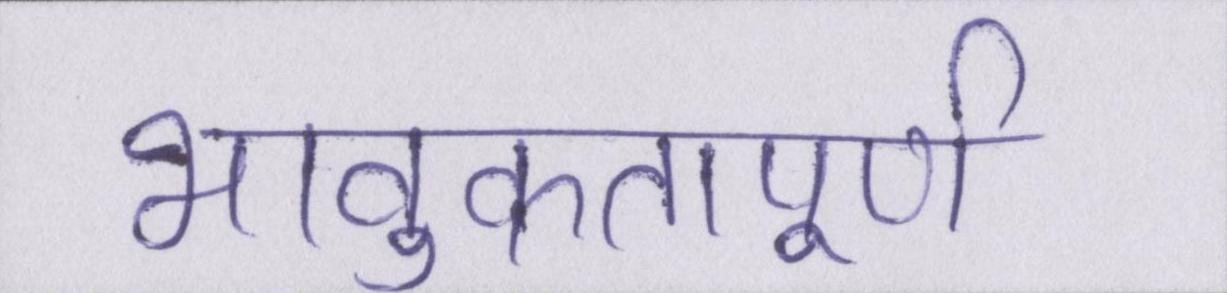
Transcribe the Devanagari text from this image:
भावुकतापूर्ण